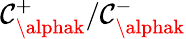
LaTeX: \mathcal{C}_{\alphak}^{+}/\mathcal{C}_{\alphak}^{-}